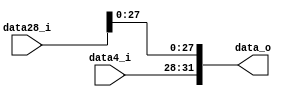
module Concatenate_28_4
(
	data28_i,
	data4_i,
	data_o
);

input [31:0]	data28_i;
input [3:0]		data4_i;
output [31:0]	data_o;

assign data_o={data4_i,{data28_i[27:0]}};

endmodule